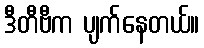
ဒီတီဗီက ပျက်နေတယ်။